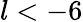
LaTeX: l<-6